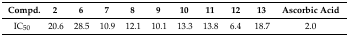
<table><thead><tr><td><b>Compd.</b></td><td><b>2</b></td><td><b>6</b></td><td><b>7</b></td><td><b>8</b></td><td><b>9</b></td><td><b>10</b></td><td><b>11</b></td><td><b>12</b></td><td><b>13</b></td><td><b>Ascorbic Acid</b></td></tr></thead><tbody><tr><td>IC<sub>50</sub></td><td>20.6</td><td>28.5</td><td>10.9</td><td>12.1</td><td>10.1</td><td>13.3</td><td>13.8</td><td>6.4</td><td>18.7</td><td>2.0</td></tr></tbody></table>